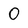
Character: 0